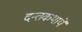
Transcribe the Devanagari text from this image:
दन्तकथाये